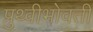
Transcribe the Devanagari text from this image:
प्रुथ्वीभोवती